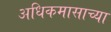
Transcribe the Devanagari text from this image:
अधिकमासाच्या